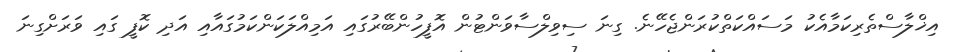
އިޚްލާސްތެރިކަމާއެކު މަސައްކަތްކުރަންޖެހޭނެ. ގިނަ ސިވިލްސާވަންޓުން އޮފީހުންބޭރުގައި އަމިއްލަކަންކަމުގައާއި އަދި ކޮފީ ގައި ވަރަށްގިނަ